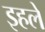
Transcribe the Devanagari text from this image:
इहले